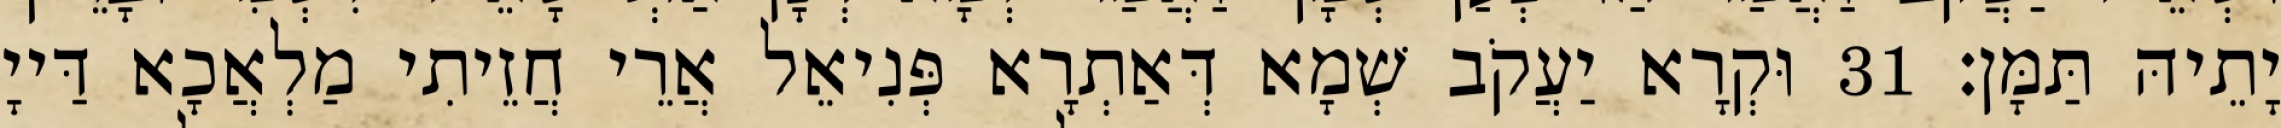
יָתֵיהּ תַּמָּן׃ 31 וּקְרָא יַעֲקֹב שְׁמָא דְּאַתְרָא פְּנִיאֵל אֲרֵי חֲזֵיתִי מַלְאֲכָא דַּייָ